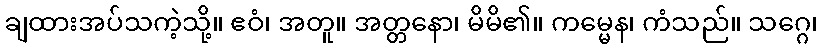
ချထားအပ်သကဲ့သို့။ ဧဝံ၊ အတူ။ အတ္တနော၊ မိမိ၏။ ကမ္မေန၊ ကံသည်။ သဂ္ဂေ၊